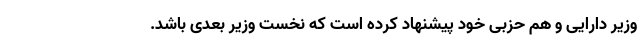
وزیر دارایی و هم حزبی خود پیشنهاد کرده است که نخست وزیر بعدی باشد.